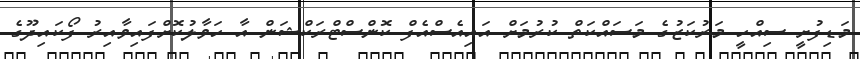
މަޑިފުށީ ސިއްހީ މަރުކަޒުގެ މަސައްކަތް ކުރުމަށް އައިއެސްއެފް ކޮންސްޓްރަކްޝަން އާ ހަވާލުކޮށްފައިވާއިރު ފޯކައިދޫގެ